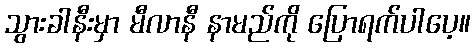
သွားခါနီးမှာ မီလာနီ နာမည်ကို ပြောရက်ပါပေ့။